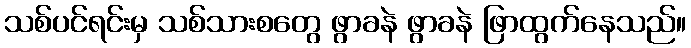
သစ်ပင်ရင်းမှ သစ်သားစတွေ ဖွာခနဲ ဖွာခနဲ ဖြာထွက်နေသည်။